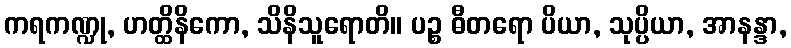
ကရကဏ္ဍု, ဟတ္ထိနိကော, သိနိသူရောတိ။ ပဉ္စ ဓီတရော ပိယာ, သုပ္ပိယာ, အာနန္ဒာ,